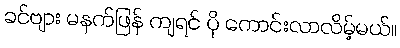
ခင်ဗျား မနက်ဖြန် ကျရင် ပို ကောင်းလာလိမ့်မယ်။